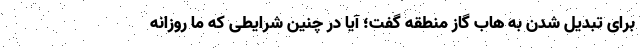
برای تبدیل شدن به هاب گاز منطقه گفت؛ آیا در چنین شرایطی که ما روزانه